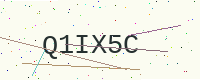
Text: Q1IX5C